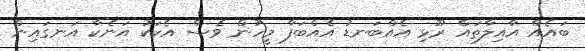
ބައެއް އާއިލާތައް ރޫޅި އެއްބަނޑު އެއްބަފާ މީހުން ވެސް އެކަކު އަނެކާ އަނގައިން